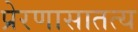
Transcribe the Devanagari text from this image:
प्रेरणासातत्य